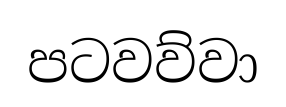
පටවව්වා